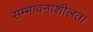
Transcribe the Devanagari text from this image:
सम्भावनाशीलता